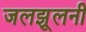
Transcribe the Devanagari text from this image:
जलझूलनी